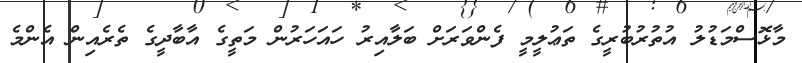
މާޅޮސްމަޑުލު އުތުރުބުރީގެ ތަޢުލީމީ ފެންވަރަށް ބަލާއިރު ހައަހަރުން މަތީގެ އާބާދީގެ ތެރެއިން އެންމެ